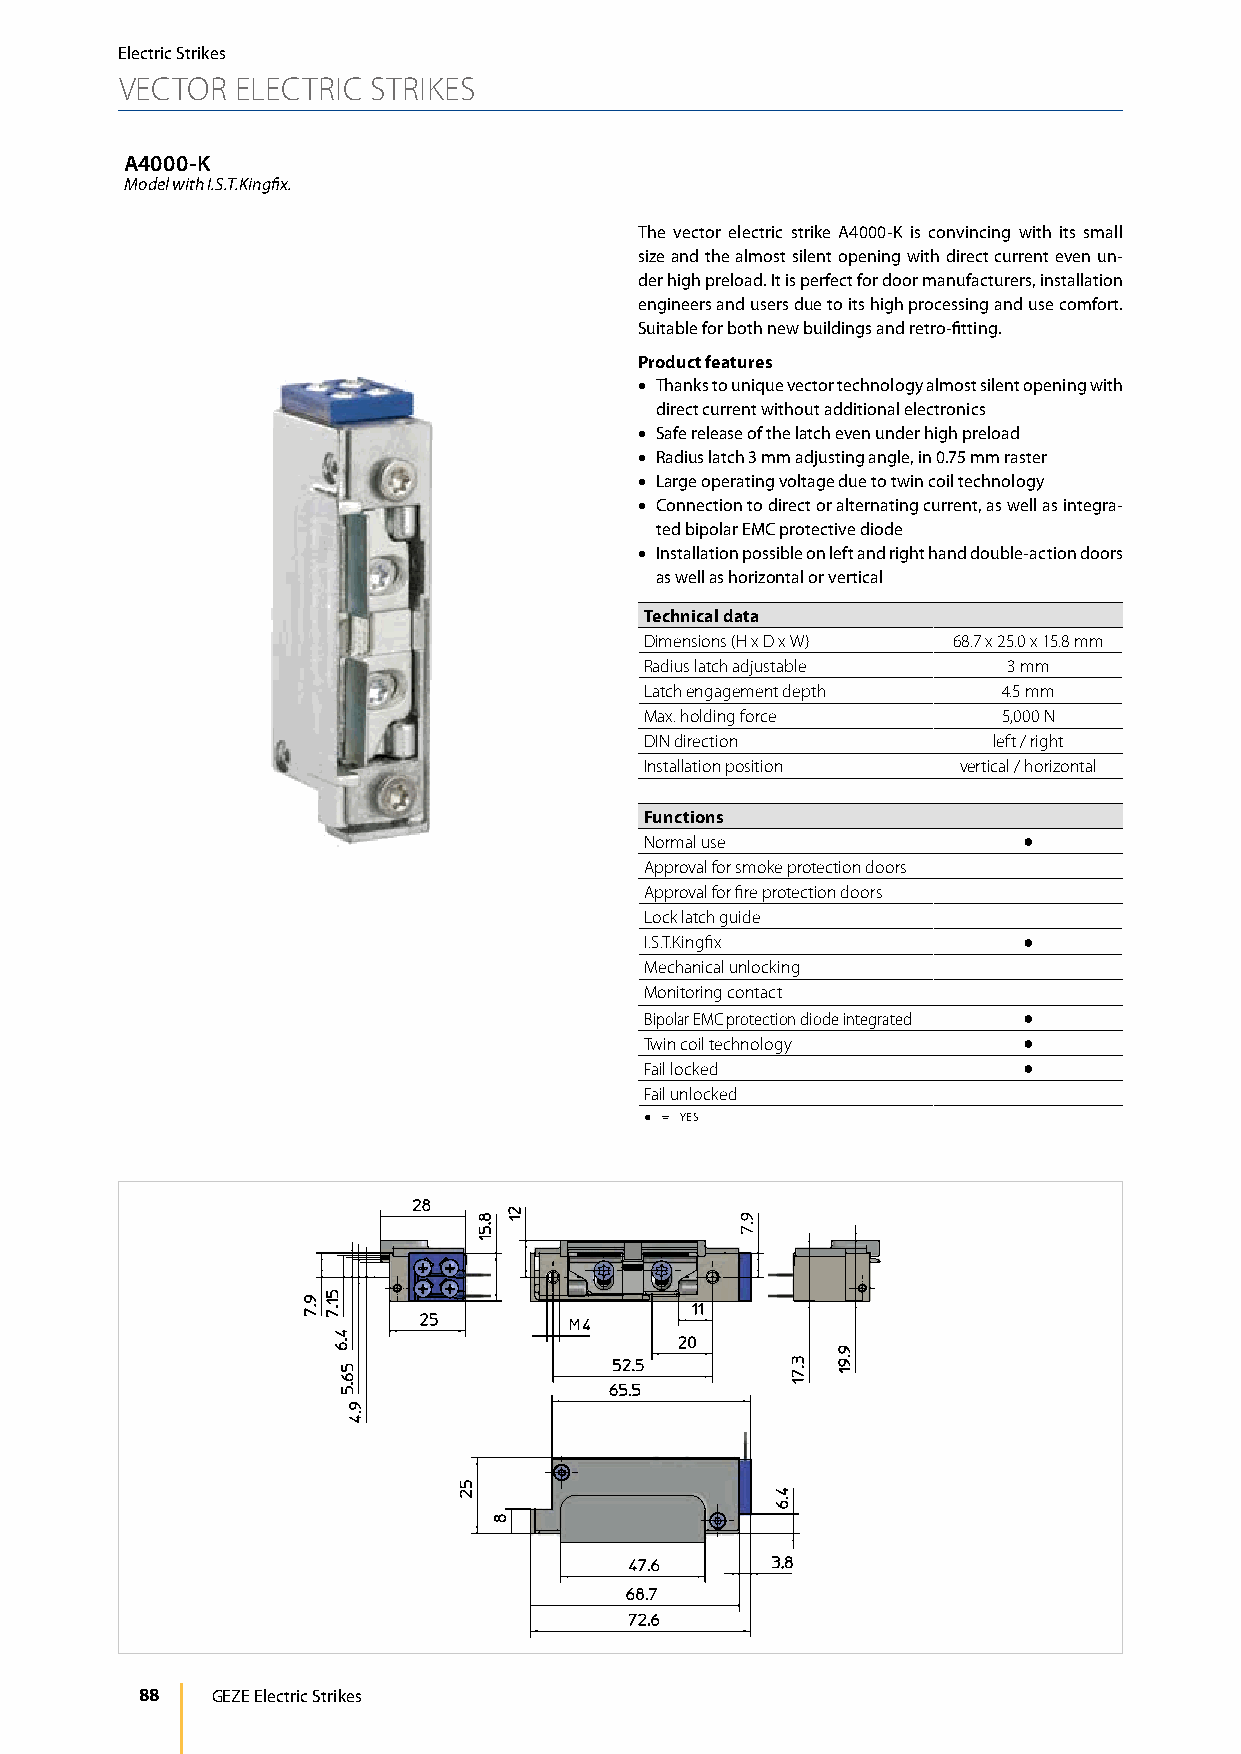
Electric Strikes
 VECTOR  ELECTRIC STRIKES
 A4000-K
 Model with I.S.T.Kingfix.
 The vector electric strike A4000-K is convincing with its small
 size and the almost silent opening with direct current even un-
 der high preload. It is perfect for door manufacturers, installation
 engineers and users due to its high processing and use comfort.
 Suitable for both new buildings and retro-fitting.
 Product features
 • Thanks to unique vector technology almost silent opening with
 direct current without additional electronics
 • Safe release of the latch even under high preload
 • Radius latch 3 mm adjusting angle, in 0.75 mm raster
 • Large operating voltage due to twin coil technology
 • Connection to direct or alternating current, as well as integra-
 ted bipolar EMC protective diode
 • Installation possible on left and right hand double-action doors
 as well as horizontal or vertical
 Technical data
 Dimensions (H x D x W) 68.7 x 25.0 x 15.8 mm
 Radius latch adjustable 3 mm
 Latch engagement depth 4.5 mm
 Max. holding force     5,000 N
 DIN direction          left / right
 Installation position vertical / horizontal
 Functions
 Normal use               ●
 Approval for smoke protection doors
 Approval for fire protection doors
 Lock latch guide
 I.S.T.Kingfix            ●
 Mechanical unlocking
 Monitoring contact
 Bipolar EMC protection diode integrated ●
 Twin coil technology     ●
 Fail locked              ●
 Fail unlocked
 ● = YES
 88   GEZE Electric Strikes